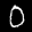
Digit: 0